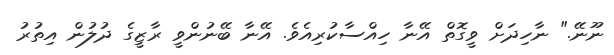
ނޫނޭ." ނާހިދަށް ވީގޮތް އޭނާ ހިއްސާކުރިއެވެ. އޭނާ ބޭނުންވީ ރާޒީގެ ދުލުން އިތުރު